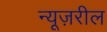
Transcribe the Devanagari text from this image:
न्यूज़रील